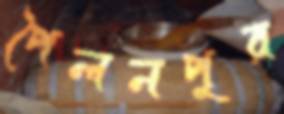
পৈলনপুর